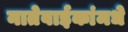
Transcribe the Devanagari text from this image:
नातेवाईकांमधे